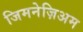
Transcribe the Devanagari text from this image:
जिमनेज़िअम